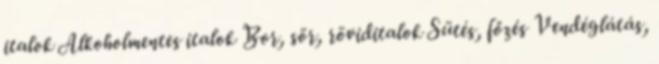
italok Alkoholmentes italok Bor, sör, röviditalok Sütés, főzés Vendéglátás,